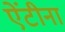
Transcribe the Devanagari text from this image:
ऐंटीना